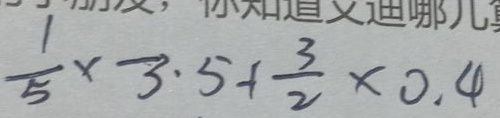
\frac { 1 } { 5 } \times - 3 . 5 + \frac { 3 } { 2 } \times 0 . 4